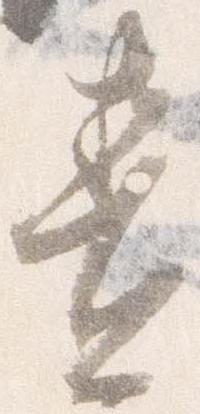
責